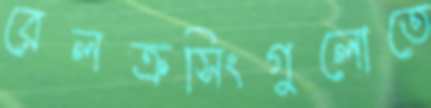
রেলক্রসিংগুলোতে